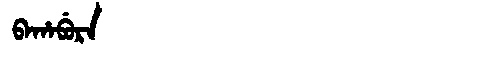
Manchu: ᠪᠠᡥᠠᠪᡠᡵᠠ
Romanization: BAHABURA